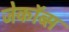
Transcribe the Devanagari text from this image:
जेकॉब्स